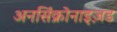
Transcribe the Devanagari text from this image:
अनसिंक्रोनाइज़ड